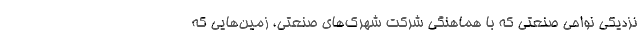
نزدیکی نواحی صنعتی که با هماهنگی شرکت شهرک‌های صنعتی، زمین‌هایی که